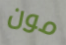
مون